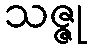
သဇ္ဇု